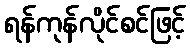
ရန်ကုန်လိုင်စင်ဖြင့်